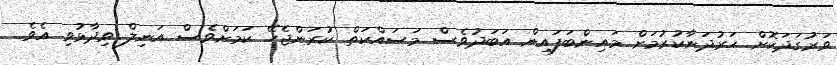
ވަރުގަދަކޮށް ހަރުދަނާކުރުމަށް މައިންބަފައިން އަބަދުވެސް މަސައްކަތް ކުރަންޖެހޭ ކަމަށްވެސް އަނިލް ވިދާޅުވި އެވެ.